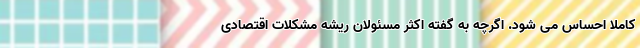
کاملا احساس می شود. اگرچه به گفته اکثر مسئولان ریشه مشکلات اقتصادی